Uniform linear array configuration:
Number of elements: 24
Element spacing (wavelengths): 1
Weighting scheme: hann
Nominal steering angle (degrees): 30
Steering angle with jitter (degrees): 30.775
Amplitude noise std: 0.05
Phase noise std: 0.05

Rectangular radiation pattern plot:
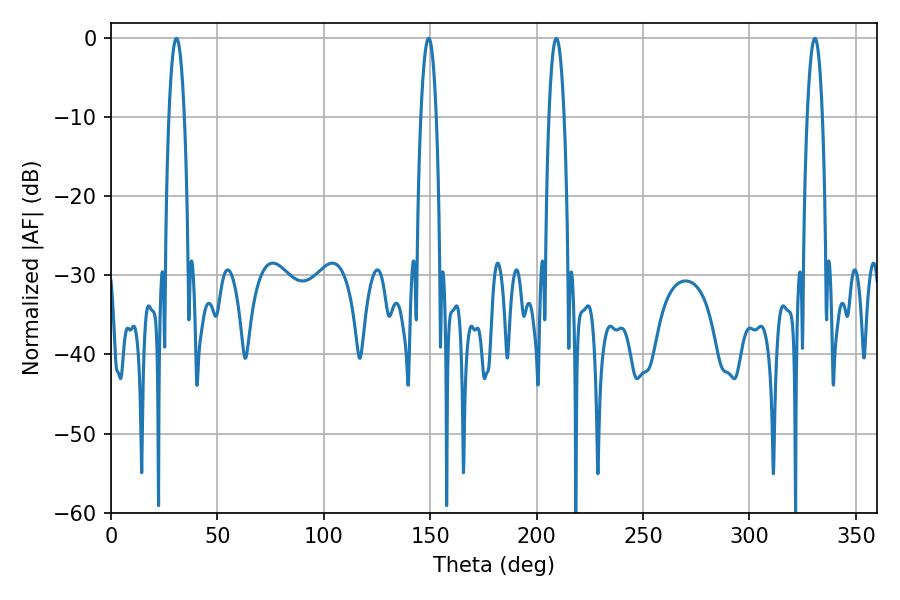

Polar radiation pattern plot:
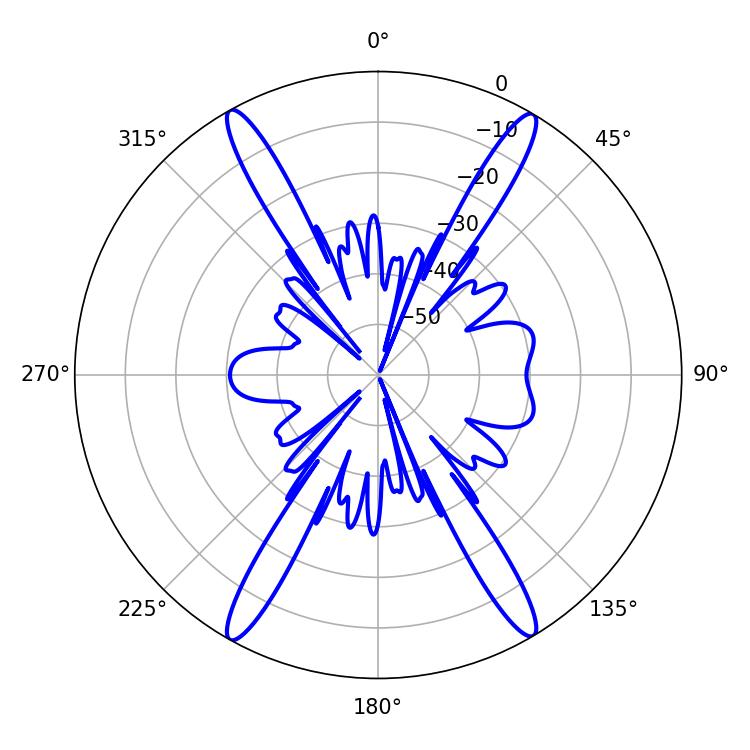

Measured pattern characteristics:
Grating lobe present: TRUE
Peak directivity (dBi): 25.781
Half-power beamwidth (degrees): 3.96
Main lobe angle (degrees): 30.78